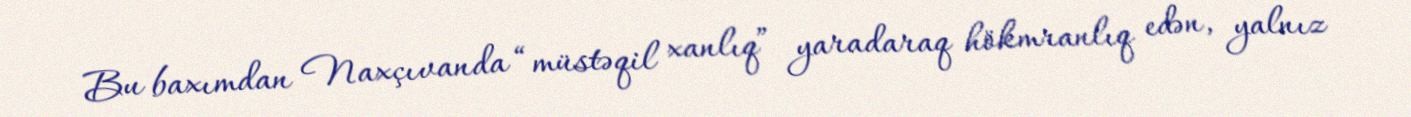
Bu baxımdan Naxçıvanda “müstəqil xanlıq” yaradaraq hökmranlıq edən, yalnız